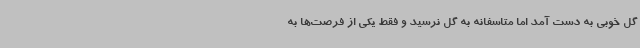
گل خوبی به دست آمد اما متاسفانه به گل نرسید و فقط یکی از فرصت‌ها به